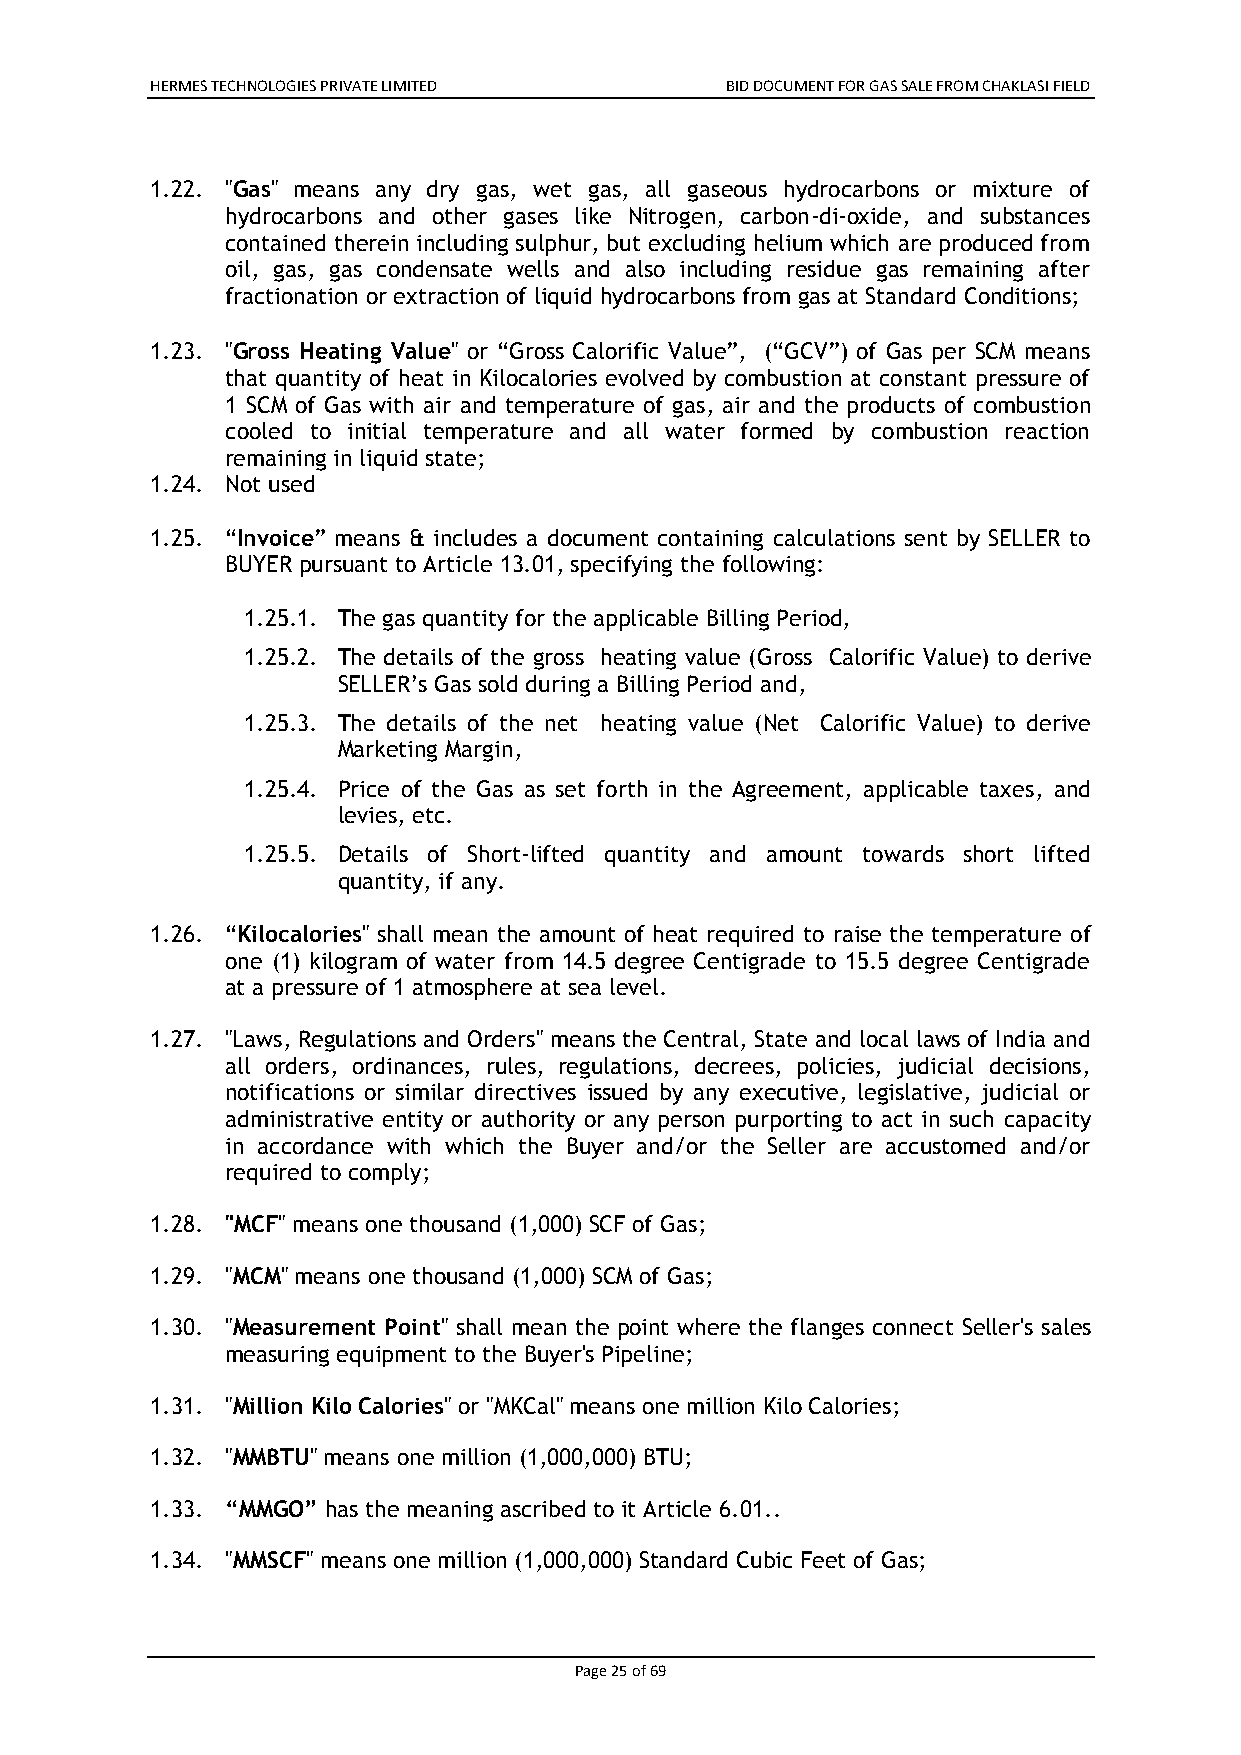
HERMES TECHNOLOGIES PRIVATE LIMITED   BID DOCUMENT FOR GAS SALE FROM CHAKLASI FIELD
 1.22. "Gas" means any dry gas, wet gas, all gaseous hydrocarbons or mixture of
 hydrocarbons and other gases like Nitrogen, carbon-di-oxide, and substances
 contained therein including sulphur, but excluding helium which are produced from
 oil, gas, gas condensate wells and also including residue gas remaining after
 fractionation or extraction of liquid hydrocarbons from gas at Standard Conditions;
 1.23. "Gross Heating Value" or “Gross Calorific Value”, (“GCV”) of Gas per SCM means
 that quantity of heat in Kilocalories evolved by combustion at constant pressure of
 1 SCM of Gas with air and temperature of gas, air and the products of combustion
 cooled to initial temperature and all water formed by combustion reaction
 remaining in liquid state;
 1.24. Not used
 1.25. “Invoice” means & includes a document containing calculations sent by SELLER to
 BUYER pursuant to Article 13.01, specifying the following:
 1.25.1. The gas quantity for the applicable Billing Period,
 1.25.2. The details of the gross heating value (Gross Calorific Value) to derive
 SELLER’s Gas sold during a Billing Period and,
 1.25.3. The details of the net heating value (Net Calorific Value) to derive
 Marketing Margin,
 1.25.4. Price of the Gas as set forth in the Agreement, applicable taxes, and
 levies, etc.
 1.25.5. Details of Short-lifted quantity and amount towards short lifted
 quantity, if any.
 1.26. “Kilocalories" shall mean the amount of heat required to raise the temperature of
 one (1) kilogram of water from 14.5 degree Centigrade to 15.5 degree Centigrade
 at a pressure of 1 atmosphere at sea level.
 1.27. "Laws, Regulations and Orders" means the Central, State and local laws of India and
 all orders, ordinances, rules, regulations, decrees, policies, judicial decisions,
 notifications or similar directives issued by any executive, legislative, judicial or
 administrative entity or authority or any person purporting to act in such capacity
 in accordance with which the Buyer and/or the Seller are accustomed and/or
 required to comply;
 1.28. "MCF" means one thousand (1,000) SCF of Gas;
 1.29. "MCM" means one thousand (1,000) SCM of Gas;
 1.30. "Measurement Point" shall mean the point where the flanges connect Seller's sales
 measuring equipment to the Buyer's Pipeline;
 1.31. "Million Kilo Calories" or "MKCal" means one million Kilo Calories;
 1.32. "MMBTU" means one million (1,000,000) BTU;
 1.33. “MMGO” has the meaning ascribed to it Article 6.01..
 1.34. "MMSCF" means one million (1,000,000) Standard Cubic Feet of Gas;
 Page 25 of 69